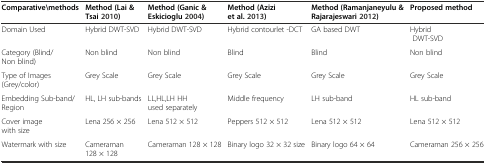
<table><thead><tr><td><b>Comparative\methods</b></td><td><b>Method (Lai &amp; Tsai 2010)</b></td><td><b>Method (Ganic &amp; Eskicioglu 2004)</b></td><td><b>Method (Azizi et al. 2013)</b></td><td><b>Method (Ramanjaneyulu &amp; Rajarajeswari 2012)</b></td><td><b>Proposed method</b></td></tr></thead><tbody><tr><td>Domain Used</td><td>Hybrid DWT-SVD</td><td>Hybrid DWT-SVD</td><td>Hybrid contourlet -DCT</td><td>GA based DWT</td><td>Hybrid DWT-SVD</td></tr><tr><td>Category (Blind/Non blind)</td><td>Non blind</td><td>Non blind</td><td>Blind</td><td>Blind</td><td>Non blind</td></tr><tr><td>Type of Images (Grey/color)</td><td>Grey Scale</td><td>Grey Scale</td><td>Grey Scale</td><td>Grey Scale</td><td>Grey Scale</td></tr><tr><td>Embedding Sub-band/Region</td><td>HL, LH sub-bands</td><td>LL,HL,LH HH used separately</td><td>Middle frequency</td><td>LH sub-band</td><td>HL sub-band</td></tr><tr><td>Cover image with size</td><td>Lena 256 × 256</td><td>Lena 512 × 512</td><td>Peppers 512 × 512</td><td>Lena 512 × 512</td><td>Lena 512 × 512</td></tr><tr><td>Watermark with size</td><td>Cameraman 128 × 128</td><td>Cameraman 128 × 128</td><td>Binary logo 32 × 32 size</td><td>Binary logo 64 × 64</td><td>Cameraman 256 × 256</td></tr></tbody></table>